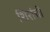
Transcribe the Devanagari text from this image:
शिरांची